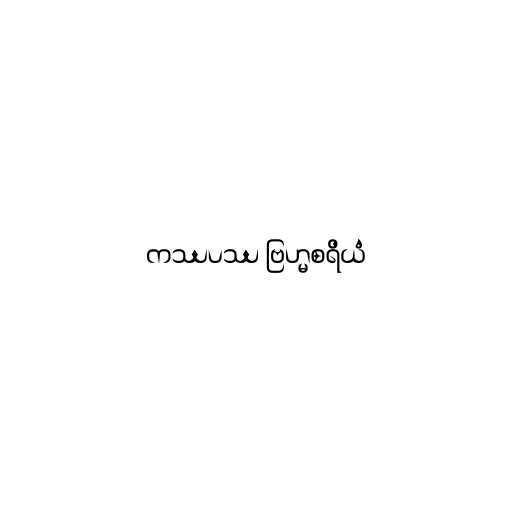
ကဿပဿ ဗြဟ္မစရိယံ